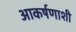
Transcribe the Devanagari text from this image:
आकर्षणाशी